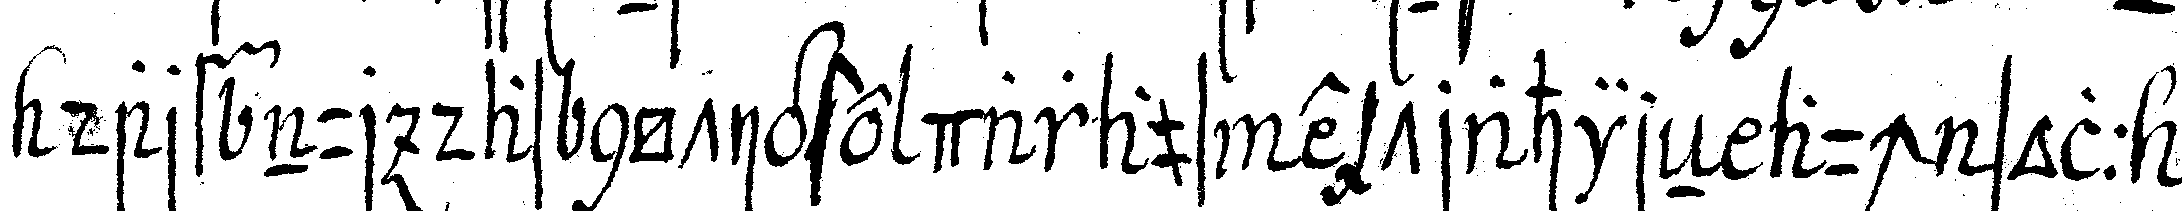
darf nur das nötigste daraus extrahireN auch soll